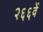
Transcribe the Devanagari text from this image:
२६६वें